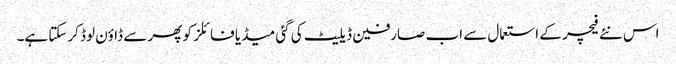
اس نئے فیچر کے استعمال سے اب صارفین ڈیلیٹ کی گئی میڈیا فائلز کو پھر سے ڈاؤن لوڈ کرسکتا ہے۔